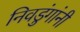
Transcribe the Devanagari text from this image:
निवडुंगांनी